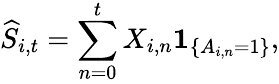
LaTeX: \widehat{S}_{i,t}=\sum_{n=0}^{t}X_{i,n}\mathbf{1}_{\{ A_{i,n}=1\} },